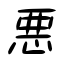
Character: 悪